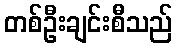
တစ်ဦးချင်းစီသည်